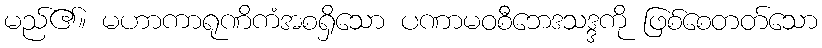
မည်၏။ မဟာကာရုဏိကံအစရှိသော ပဏာမဝစီဘေဒသဒ္ဒကို ဖြစ်စေတတ်သော